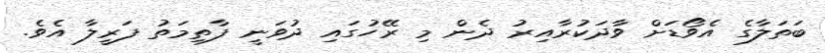
ބަތަލާގެ އެވޯޑަށް ވާދަކުރާއިރު ދެން މި ރޭހުގައި ދުވަނީ ފާތިމަތު ފަރީލާ އެވެ.